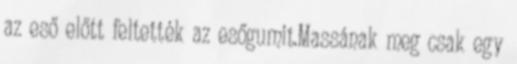
az eső előtt feltették az esőgumit.Massának meg csak egy